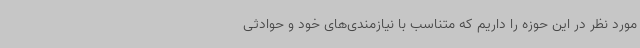
مورد نظر در این حوزه را داریم که متناسب با نیازمندی‌های خود و حوادثی